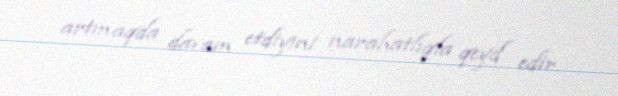
artmaqda davam etdiyini narahatlıqla qeyd edir.